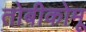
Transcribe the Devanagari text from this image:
तोबीकोमू